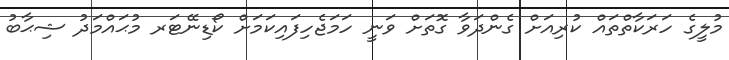
މުލީގެ ހަރަކާތްތައް ކުރިއަށް ގެންދަވާ ގޮތަށް ވަނީ ހަމަޖެހިފައިކަމަށް ކޯޑިނޭޓަރ މުޙައްމަދު ޝިޙާބު